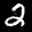
Label: 2